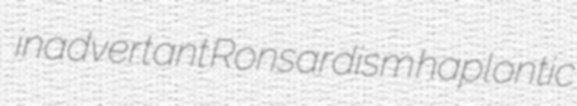
inadvertant Ronsardism haplontic